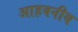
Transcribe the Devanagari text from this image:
आहवनीय